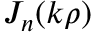
J _ { n } ( k \rho )